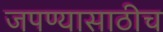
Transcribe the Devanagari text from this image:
जपण्यासाठीच